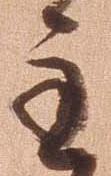
主